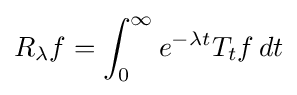
R_{\lambda }f=\int _{0}^{\infty }e^{-\lambda t}T_{t}f\,dt